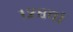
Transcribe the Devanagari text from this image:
१२८वां